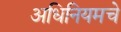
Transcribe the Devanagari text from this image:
अधिनियमचे